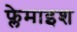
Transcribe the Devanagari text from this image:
फ्लेमाइश